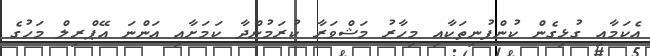
އެކަމާއި ގުޅިގެން ކުންފުނިތަކާއި މިހާރު މަޝްވަރާ ކުރަމުންދާ ކަމަށާއި އަންނަ އޭޕްރިލް މަހުގެ